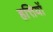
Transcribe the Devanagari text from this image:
हत्तियों